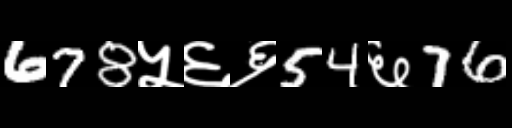
Text: 678५६६54६76